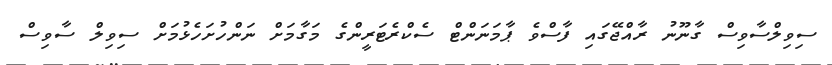
ސިވިލްސާވިސް ގާނޫނު ރާއްޖޭގައި ފާސްވެ ޕާމަނަންޓް ސެކްރެޓަރީންގެ މަގާމަށް ނަންހުށަހެޅުމަށް ސިވިލް ސާވިސް